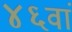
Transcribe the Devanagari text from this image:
४६वां